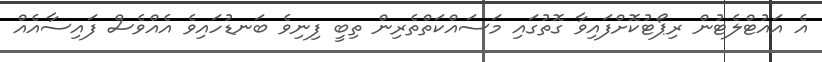
އެ އައުޓްލެޓުން ރިޕޯޓުކޮށްފައިވާ ގޮތުގައި މަސައްކަތްތެރިން ތިބީ ފިނިވެ ބަނޑުހައިވެ އެއްވެސް ފައިސާއެއް